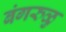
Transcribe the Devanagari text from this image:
बंगरुळु